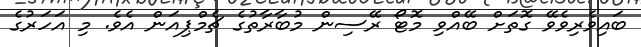
ބައިވެރިވެވޭ ގޮތަށް ބޭއްވި މޮޓޯ ރޭސިން މުބާރާތުގެ ޗެމްޕިއަން އެވެ. މި އަހަރުގެ